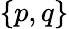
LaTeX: \left\{ \begin{array}{l}{p,q}\end{array}\right\}